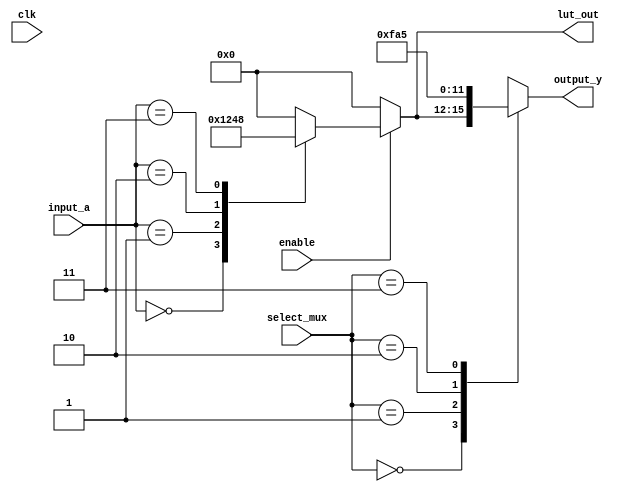
module CLB (
    input wire [3:0] input_a,        // 4-bit input to LUT
    input wire [1:0] select_mux,     // 2-bit control signal for multiplexer
    input wire clk,                   // Clock signal for potential flip-flops (not used in this example)
    input wire enable,                // Enable signal for the CLB
    output reg [3:0] output_y,       // 4-bit output from the CLB
    output reg [3:0] lut_out          // Output from the LUT
);

// Declare a 4-input LUT using a case statement
always @(*) begin
    if (enable) begin
        case (input_a)
            4'b0000: lut_out = 4'b0001; // Example logic function
            4'b0001: lut_out = 4'b0010;
            4'b0010: lut_out = 4'b0100;
            4'b0011: lut_out = 4'b1000;
            4'b0100: lut_out = 4'b0000;
            default: lut_out = 4'b0000; // Default case
        endcase
    end else begin
        lut_out = 4'b0000; // Output zero if not enabled
    end
end

// MUX to select output based on control signals
always @(*) begin
    case (select_mux)
        2'b00: output_y = lut_out;         // Route LUT output to output
        2'b01: output_y = 4'b1111;         // Example fixed output
        2'b10: output_y = 4'b1010;         // Another fixed output
        2'b11: output_y = 4'b0101;         // Yet another fixed output
        default: output_y = 4'b0000;       // Default case
    endcase
end

endmodule